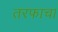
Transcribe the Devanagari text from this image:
तरफाचा